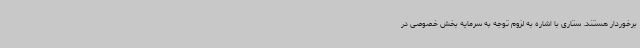
برخوردار هستند. ستاری با اشاره به لزوم توجه به سرمایه بخش خصوصی در